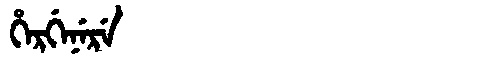
Manchu: ᡥᡝᡵᡤᡝᠨᡝᡵᡝ
Romanization: HERGENERE